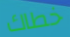
خطاك